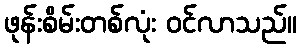
ဖုန်းစိမ်းတစ်လုံး ဝင်လာသည်။